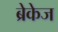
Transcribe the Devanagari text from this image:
ब्रेकेज